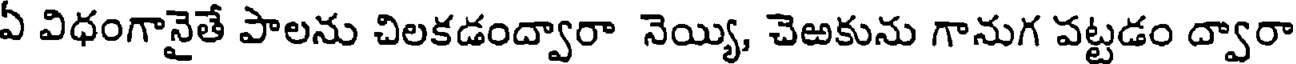
ఏ విధంగానైతే పాలను చిలకడంద్వారా నెయ్యి, చెఱకును గానుగ పట్టడం ద్వారా